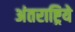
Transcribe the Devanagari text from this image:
अंतराष्ट्रिये